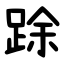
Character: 䟻